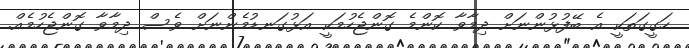
ހަގީގަތަކީ އެ ބޭފުޅުންނަށް ދިމާވާ ކޮންމެ ގޮންޖެހުމަކީ އަޅުގަނޑުމެންނަށް ވެސް ދިމާވާ ގޮންޖެހުމެއް.